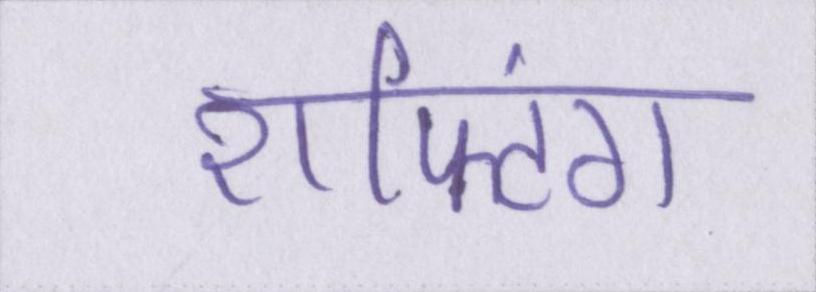
राफ्टिंग